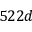
5 2 2 d